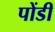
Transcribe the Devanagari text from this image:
पोंडी